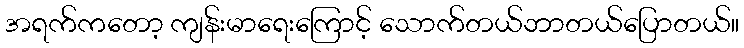
အရက်ကတော့ ကျန်းမာရေးကြောင့် သောက်တယ်ဘာတယ်ပြောတယ်။